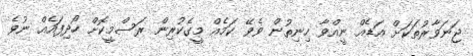
ޖަނަވާރުތަކަށް އަޑެއް ނީއްވާ ހިނިތުން ވެވޭ ކަމެއް މީގެކުރިން ރަސްމީކޮށް ހޯދިފައެއް ނުވެ